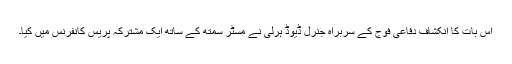
اس بات کا انکشاف دفاعی فوج کے سربراہ جنرل ڈیوڈ ہرلی نے مسٹر سمتھ کے ساتھ ایک مشترکہ پریس کانفرنس میں کیا۔